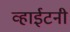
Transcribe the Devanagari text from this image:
व्हाईटनी